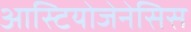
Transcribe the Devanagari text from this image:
आस्टियोजेनेसिस